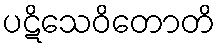
ပဋိသေဝိတောတိ